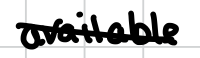
Text: available
Cross-out: diagonal
Writing tool: digital_black